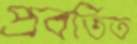
প্রবর্তিত